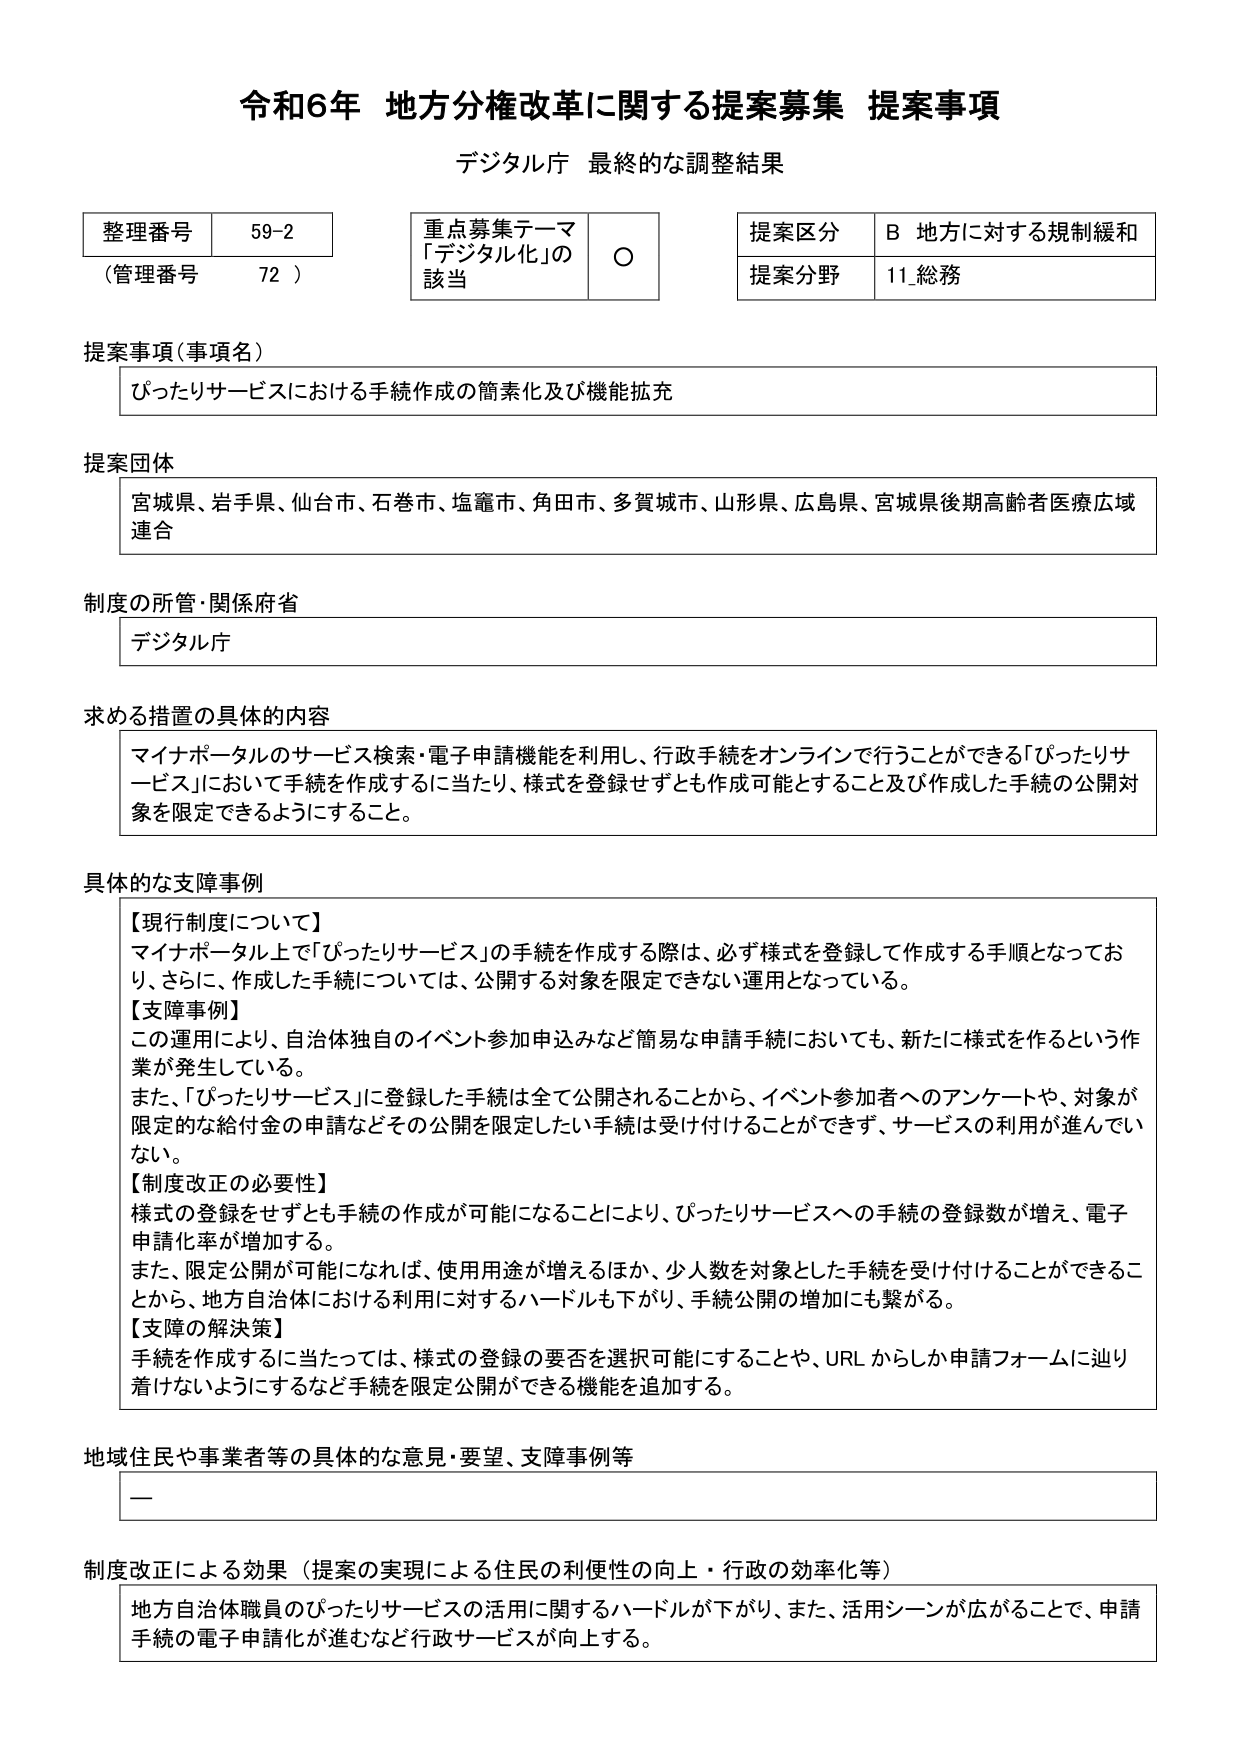
令和6年 地方分権改革に関する提案募集 提案事項
デジタル庁 最終的な調整結果

整理番号 59-2
（管理番号 72）

重点募集テーマ
「デジタル化」の
該当 ○

提案区分 B 地方に対する規制緩和
提案分野 11_総務

提案事項（事項名）
ぴったりサービスにおける手続作成の簡素化及び機能拡充

提案団体
宮城県、岩手県、仙台市、石巻市、塩竈市、角田市、多賀城市、山形県、広島県、宮城県後期高齢者医療広域連合

制度の所管・関係府省
デジタル庁

求める措置の具体的な内容
マイナポータルのサービス検索・電子申請機能を利用し、行政手続をオンラインで行うことができる「ぴったりサービス」において手続を作成するに当たり、様式を登録せずとも作成可能とすること及び作成した手続の公開対象を限定できるようにすること。

具体的な支障事例
【現行制度について】
マイナポータル上で「ぴったりサービス」の手続を作成する際は、必ず様式を登録して作成する手順となっており、さらに、作成した手続については、公開する対象を限定できない運用となっている。
【支障事例】
この運用により、自治体独自のイベント参加申込みなど簡易な申請手続においても、新たに様式を作るという作業が発生している。
また、「ぴったりサービス」に登録した手続は全て公開されることから、イベント参加者へのアンケートや、対象が限定的な給付金の申請などその公開を限定したい手続は受け付けることができず、サービスの利用が進んでいない。
【制度改正の必要性】
様式の登録をせずとも手続の作成が可能になることにより、ぴったりサービスへの手続の登録数が増え、電子申請化率が増加する。
また、限定公開が可能になれば、使用用途が増えるほか、少人数を対象とした手続を受け付けることができるこ とから、地方自治体における利用に対するハードルも下がり、手続公開の増加にも繋がる。
【支障の解決策】
手続を作成するに当たっては、様式の登録の要否を選択可能にすることや、URL からしか申請フォームに辿り着けないようにするなど手続を限定公開ができる機能を追加する。

地域住民や事業者等の具体的な意見・要望、支障事例等
—

制度改正による効果（提案の実現による住民の利便性の向上・行政の効率化等）
地方自治体職員のぴったりサービスの活用に関するハードルが下がり、また、活用シーンが広がることで、申請手続の電子申請化が進むなど行政サービスが向上する。